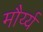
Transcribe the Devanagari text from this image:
मौर्य्य